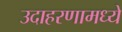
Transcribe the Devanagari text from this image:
उदाहरणामध्ये